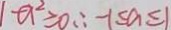
1 - a ^ { 2 } \geq 0 \therefore - 1 \leq a \leq 1